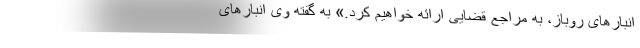
انبارهای روباز، به مراجع قضایی ارائه خواهیم کرد.» به گفته وی انبارهای